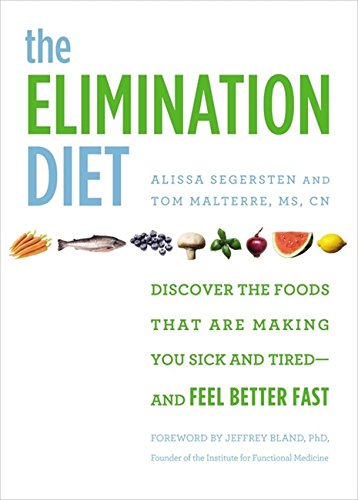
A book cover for The Elimination Diet: Discover the Foods That Are Making You Sick and Tired--and Feel Better Fast; Tom Malterre; Health, Fitness & Dieting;